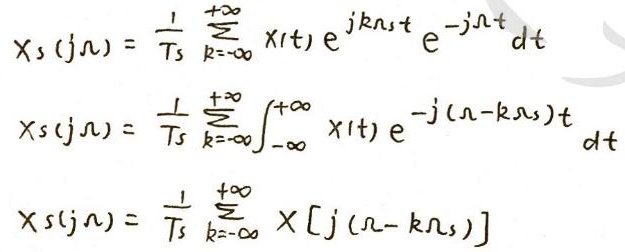
\[
\begin{align*}
X_s(j\Omega)&=\frac{1}{T_s}\sum_{k = -\infty}^{+\infty}\int X(t)e^{jk\Omega_st}e^{-j\Omega t}dt\\
X_s(j\Omega)&=\frac{1}{T_s}\sum_{k = -\infty}^{+\infty}\int_{-\infty}^{+\infty} X(t)e^{-j(\Omega - k\Omega_s)t}dt\\
X_s(j\Omega)&=\frac{1}{T_s}\sum_{k = -\infty}^{+\infty}X[j(\Omega - k\Omega_s)]
\end{align*}
\]